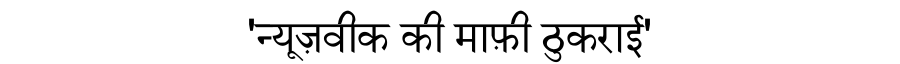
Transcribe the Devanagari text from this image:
'न्यूज़वीक की माफ़ी ठुकराई'